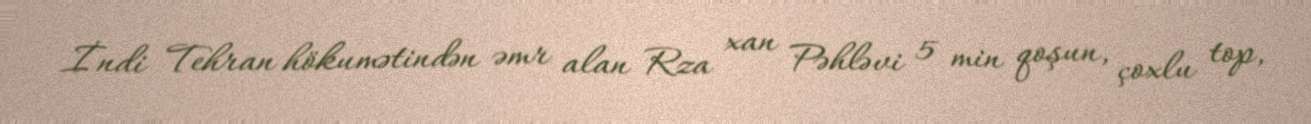
İndi Tehran hökumətindən əmr alan Rza xan Pəhləvi 5 min qoşun, çoxlu top,